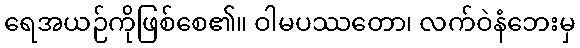
ရေအယဉ်ကိုဖြစ်စေ၏။ ဝါမပဿတော၊ လက်ဝဲနံဘေးမှ